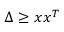
\Delta \geq x x ^ { T }